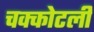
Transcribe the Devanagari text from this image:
चक्कोटली